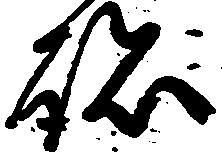
跡